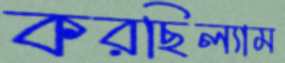
করছিল্যাম